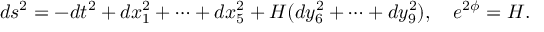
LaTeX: d s ^ { 2 } = - d t ^ { 2 } + d x _ { 1 } ^ { 2 } + \cdots + d x _ { 5 } ^ { 2 } + H ( d y _ { 6 } ^ { 2 } + \cdots + d y _ { 9 } ^ { 2 } ) , \ \ \ e ^ { 2 \phi } = H .